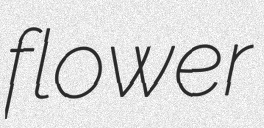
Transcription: flower